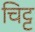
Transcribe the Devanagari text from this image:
चिट्ट